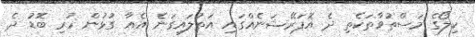
ކިލޯގެ މަސްތުވާތަކެތި ދެ އޮޕަރޭޝަނެއްގައި އަތުލައިގަނެ އެއާ ގުޅުން ހުރި ބޮޑު ދެ